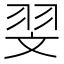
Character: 𦐐